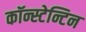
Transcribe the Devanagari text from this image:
कॉन्स्टेन्टिन